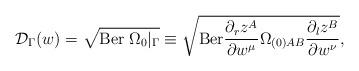
LaTeX: \begin{align*}{\cal D}_{\Gamma}(w)=\sqrt{{\rm Ber}\;\Omega_0\vert_{\Gamma}}\equiv \sqrt{{\rm Ber}\frac{\partial _r z^A}{\partial w^{\mu}}\Omega_{(0)AB}\frac{\partial _l z^B}{\partial w^{\nu}}},\end{align*}